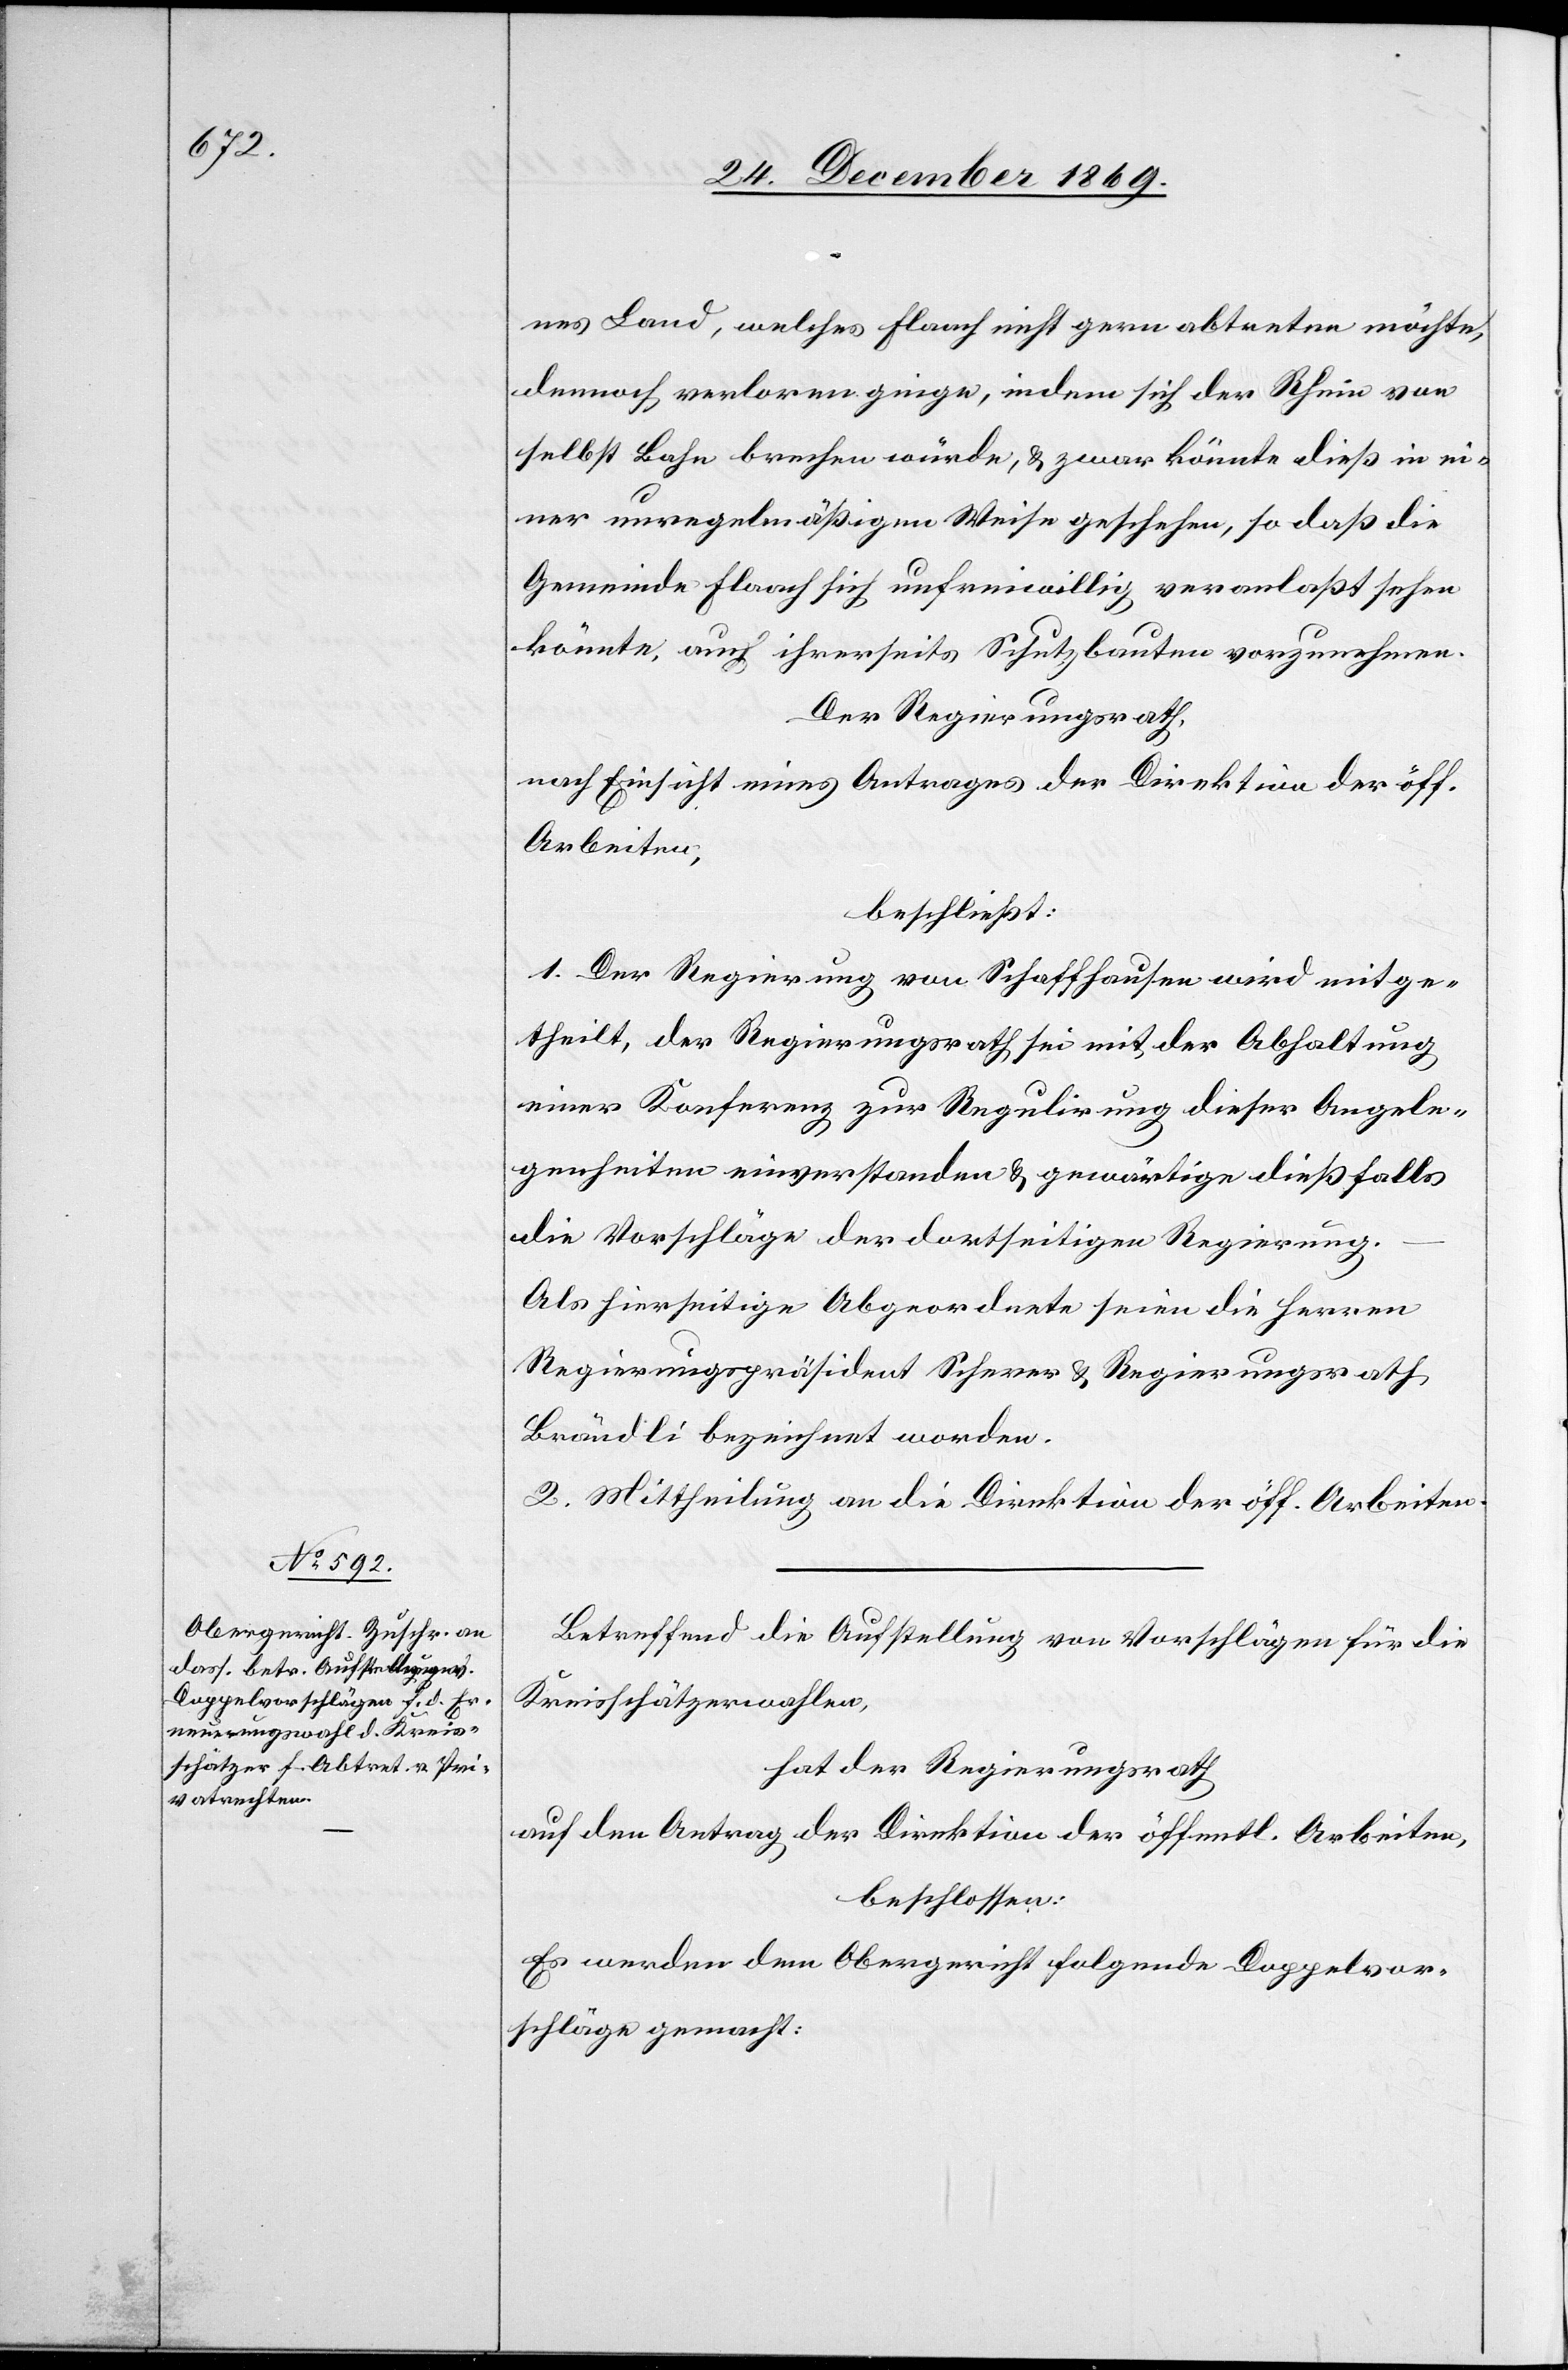
nes Land, welches Flaach nicht gern abtreten möchte,
dennoch verloren ginge, indem sich der Rhein von
selbst Bahn brechen würde, & zwar könnte dieß in ei¬
ner unregelmäßigen Weise geschehen, so daß die
Gemeinde Flaach sich unfreiwillig veranlaßt sehen
könnte, auch ihrerseits Schutzbauten vorzunehmen.
Der Regierungsrath,
nach Einsicht eines Antrages der Direktion der öff.
Arbeiten,
beschließt:
1. Der Regierung von Schaffhausen wird mitge¬
theilt, der Regierungsrath sei mit der Abhaltung
einer Konferenz zur Regulirung dieser Angele¬
genheiten einverstanden & gewärtige dießfalls
die Vorschläge der dortseitigen Regierung.
Als hierseitige Abgeordnete seien die Herren
Regierungspräsident Scherer & Regierungsrath
Brändli bezeichnet worden.
2. Mittheilung an die Direktion der öff. Arbeiten.
Betreffend die Aufstellung von Vorschlägen für die
Kreisschätzerwahlen,
hat der Regierungsrath
auf den Antrag der Direktion der öffentl. Arbeiten,
beschlossen:
Es werden dem Obergericht folgende Doppelvor¬
schläge gemacht: